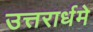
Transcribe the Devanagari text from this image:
उत्तरार्धमे